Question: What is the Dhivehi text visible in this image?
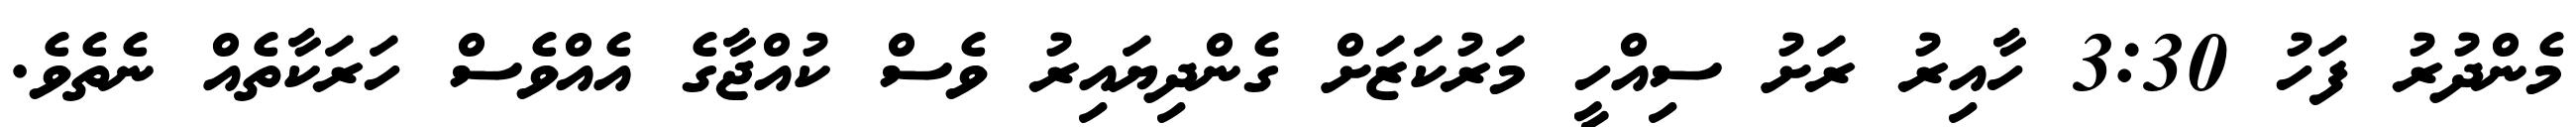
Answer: މެންދުރު ފަހު 3:30 ހާއިރު ރަށު ސިއްހީ މަރުކަޒަށް ގެންދިޔައިރު ވެސް ކުއްޖާގެ އެއްވެސް ހަރަކާތެއް ނެތެވެ.